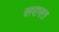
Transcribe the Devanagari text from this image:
सरारत